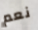
نعم